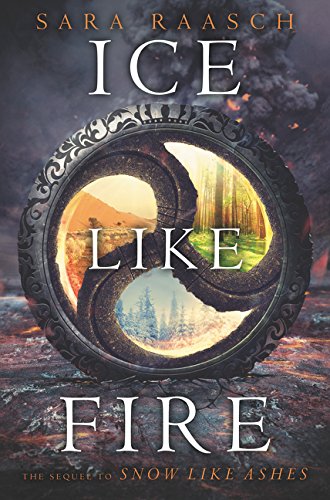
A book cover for Ice Like Fire (Snow Like Ashes Series); Sara Raasch; Teen & Young Adult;